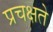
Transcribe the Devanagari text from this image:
प्रचक्षते